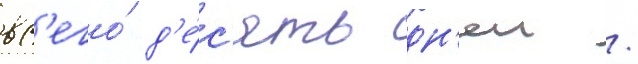
вс'его́ д'е́с'ять дн'еи /